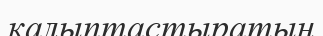
калыптастыратын